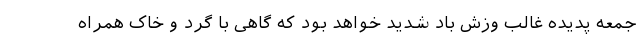
جمعه پدیده غالب وزش باد شدید خواهد بود که گاهی با گرد و خاک همراه